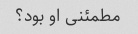
مطمئنی او بود؟